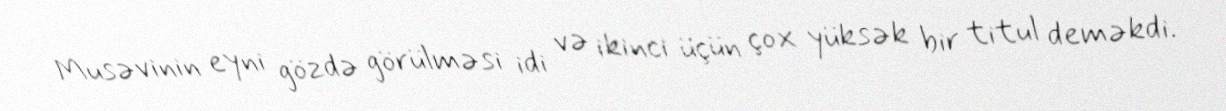
Musəvinin eyni gözdə görülməsi idi və ikinci üçün çox yüksək bir titul deməkdi.